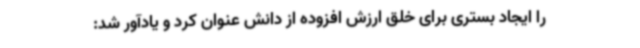
را ایجاد بستری برای خلق ارزش افزوده از دانش عنوان کرد و یادآور شد: